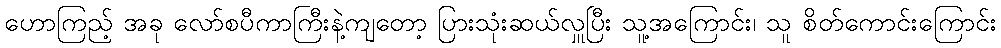
ဟောကြည့် အခု လော်စပီကာကြီးနဲ့ကျတော့ ပြားသုံးဆယ်လှူပြီး သူ့အကြောင်း၊ သူ စိတ်ကောင်းကြောင်း